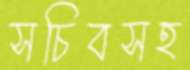
সচিবসহ